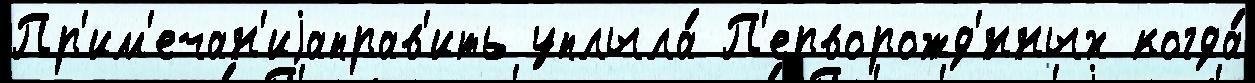
Пр'им'ечан'иjаправ'ить уплыла́ П'ерворожд'́нных когда́